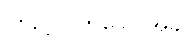
ကြည့်လိုက်သောအခါ